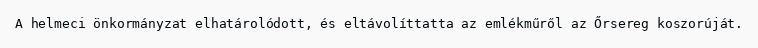
A helmeci önkormányzat elhatárolódott, és eltávolíttatta az emlékműről az Őrsereg koszorúját.